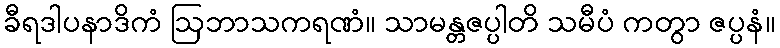
ခီရဒါပနာဒိကံ ဩဘာသကရဏံ။ သာမန္တဇပ္ပါတိ သမီပံ ကတွာ ဇပ္ပနံ။